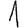
Digit: 1